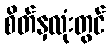
စိတ်နှလုံးတွင်